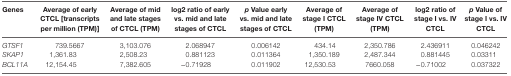
<table><thead><tr><td><b>Genes</b></td><td><b>Average of early CTCL [transcripts per million (TPM)]</b></td><td><b>Average of mid and late stages of CTCL (TPM)</b></td><td><b>log2 ratio of early vs. mid and late stages of CTCL</b></td><td><b><i>p</i> Value early vs. mid and late stages of CTCL</b></td><td><b>Average of stage I CTCL (TPM)</b></td><td><b>Average of stage IV CTCL (TPM)</b></td><td><b>log2 ratio of stage I vs. IV CTCL</b></td><td><b><i>p</i> Value of stage I vs. IV CTCL</b></td></tr></thead><tbody><tr><td><i>GTSF1</i></td><td>739.5667</td><td>3,103.076</td><td>2.068947</td><td>0.006142</td><td>434.14</td><td>2,350.786</td><td>2.436911</td><td>0.046242</td></tr><tr><td><i>SKAP1</i></td><td>1,361.83</td><td>2,508.23</td><td>0.881123</td><td>0.011364</td><td>1,350.189</td><td>2,487.344</td><td>0.881445</td><td>0.03311</td></tr><tr><td><i>BCL11A</i></td><td>12,154.45</td><td>7,382.605</td><td>−0.71928</td><td>0.011902</td><td>12,530.53</td><td>7660.058</td><td>−0.71002</td><td>0.037322</td></tr></tbody></table>